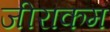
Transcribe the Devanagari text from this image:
जीराकम